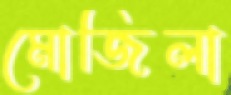
মোজিলা